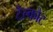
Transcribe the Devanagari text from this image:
टैल्कौट